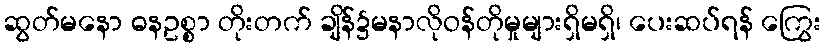
ဆွတ်မနော ဓနဥစ္စာ တိုးတက် ချိန်၌မနာလိုဝန်တိုမှုများရှိမရှိ၊ ပေးဆပ်ရန် ကြွေး